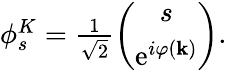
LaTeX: \begin{array}{r}{\phi_{s}^{K}=\frac{1}{\sqrt{2}}\left(\begin{array}{c}{s}\\ {\mathrm{e}^{i\varphi(\mathbf{k})}}\end{array}\right).}\end{array}